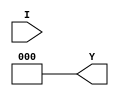
module priority_encoder(input [7:0] I,
                         output reg [2:0] Y);

always @*
begin
  case(1)
    8'b10000000: Y = 3'b111; // I7
    8'b01000000: Y = 3'b110; // I6
    8'b00100000: Y = 3'b101; // I5
    8'b00010000: Y = 3'b100; // I4
    8'b00001000: Y = 3'b011; // I3
    8'b00000100: Y = 3'b010; // I2
    8'b00000010: Y = 3'b001; // I1
    8'b00000001: Y = 3'b000; // I0
    default: Y = 3'b000; // Default case
  endcase
end

endmodule